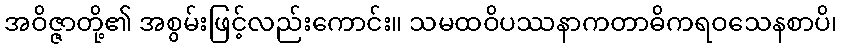
အဝိဇ္ဇာတို့၏ အစွမ်းဖြင့်လည်းကောင်း။ သမထဝိပဿနာကတာဓိကရဝသေနစာပိ၊